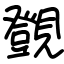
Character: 覴